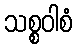
သစ္စဝါစံ